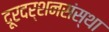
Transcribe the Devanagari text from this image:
दूरदर्शनसंस्था